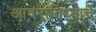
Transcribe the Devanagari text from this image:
आदरातिथ्याचे